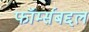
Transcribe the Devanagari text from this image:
फॉर्म्सबद्दल